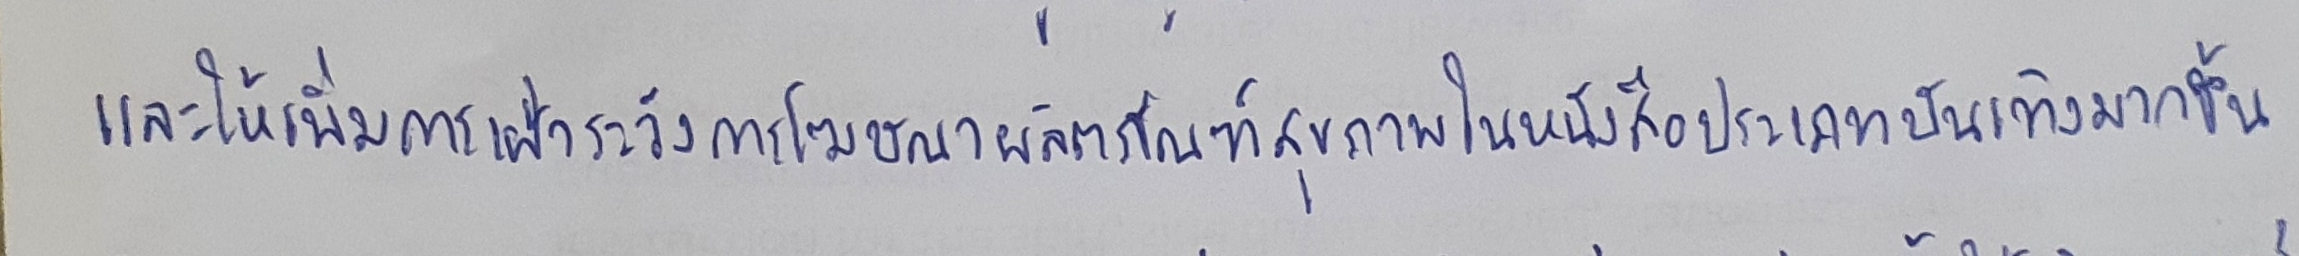
และให้เพิ่มการเฝ้าระวังการโฆษณาผลิตภัณฑ์สุขภาพในหนังสือประเภทบันเทิงมากขึ้น